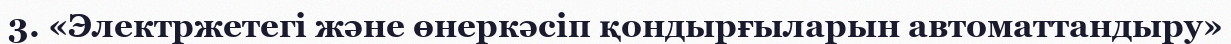
3. «Электржетегі және өнеркәсіп қондырғыларын автоматтандыру»